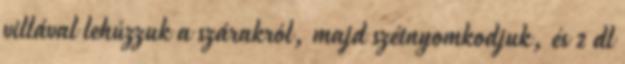
villával lehúzzuk a szárakról, majd szétnyomkodjuk, és 2 dl